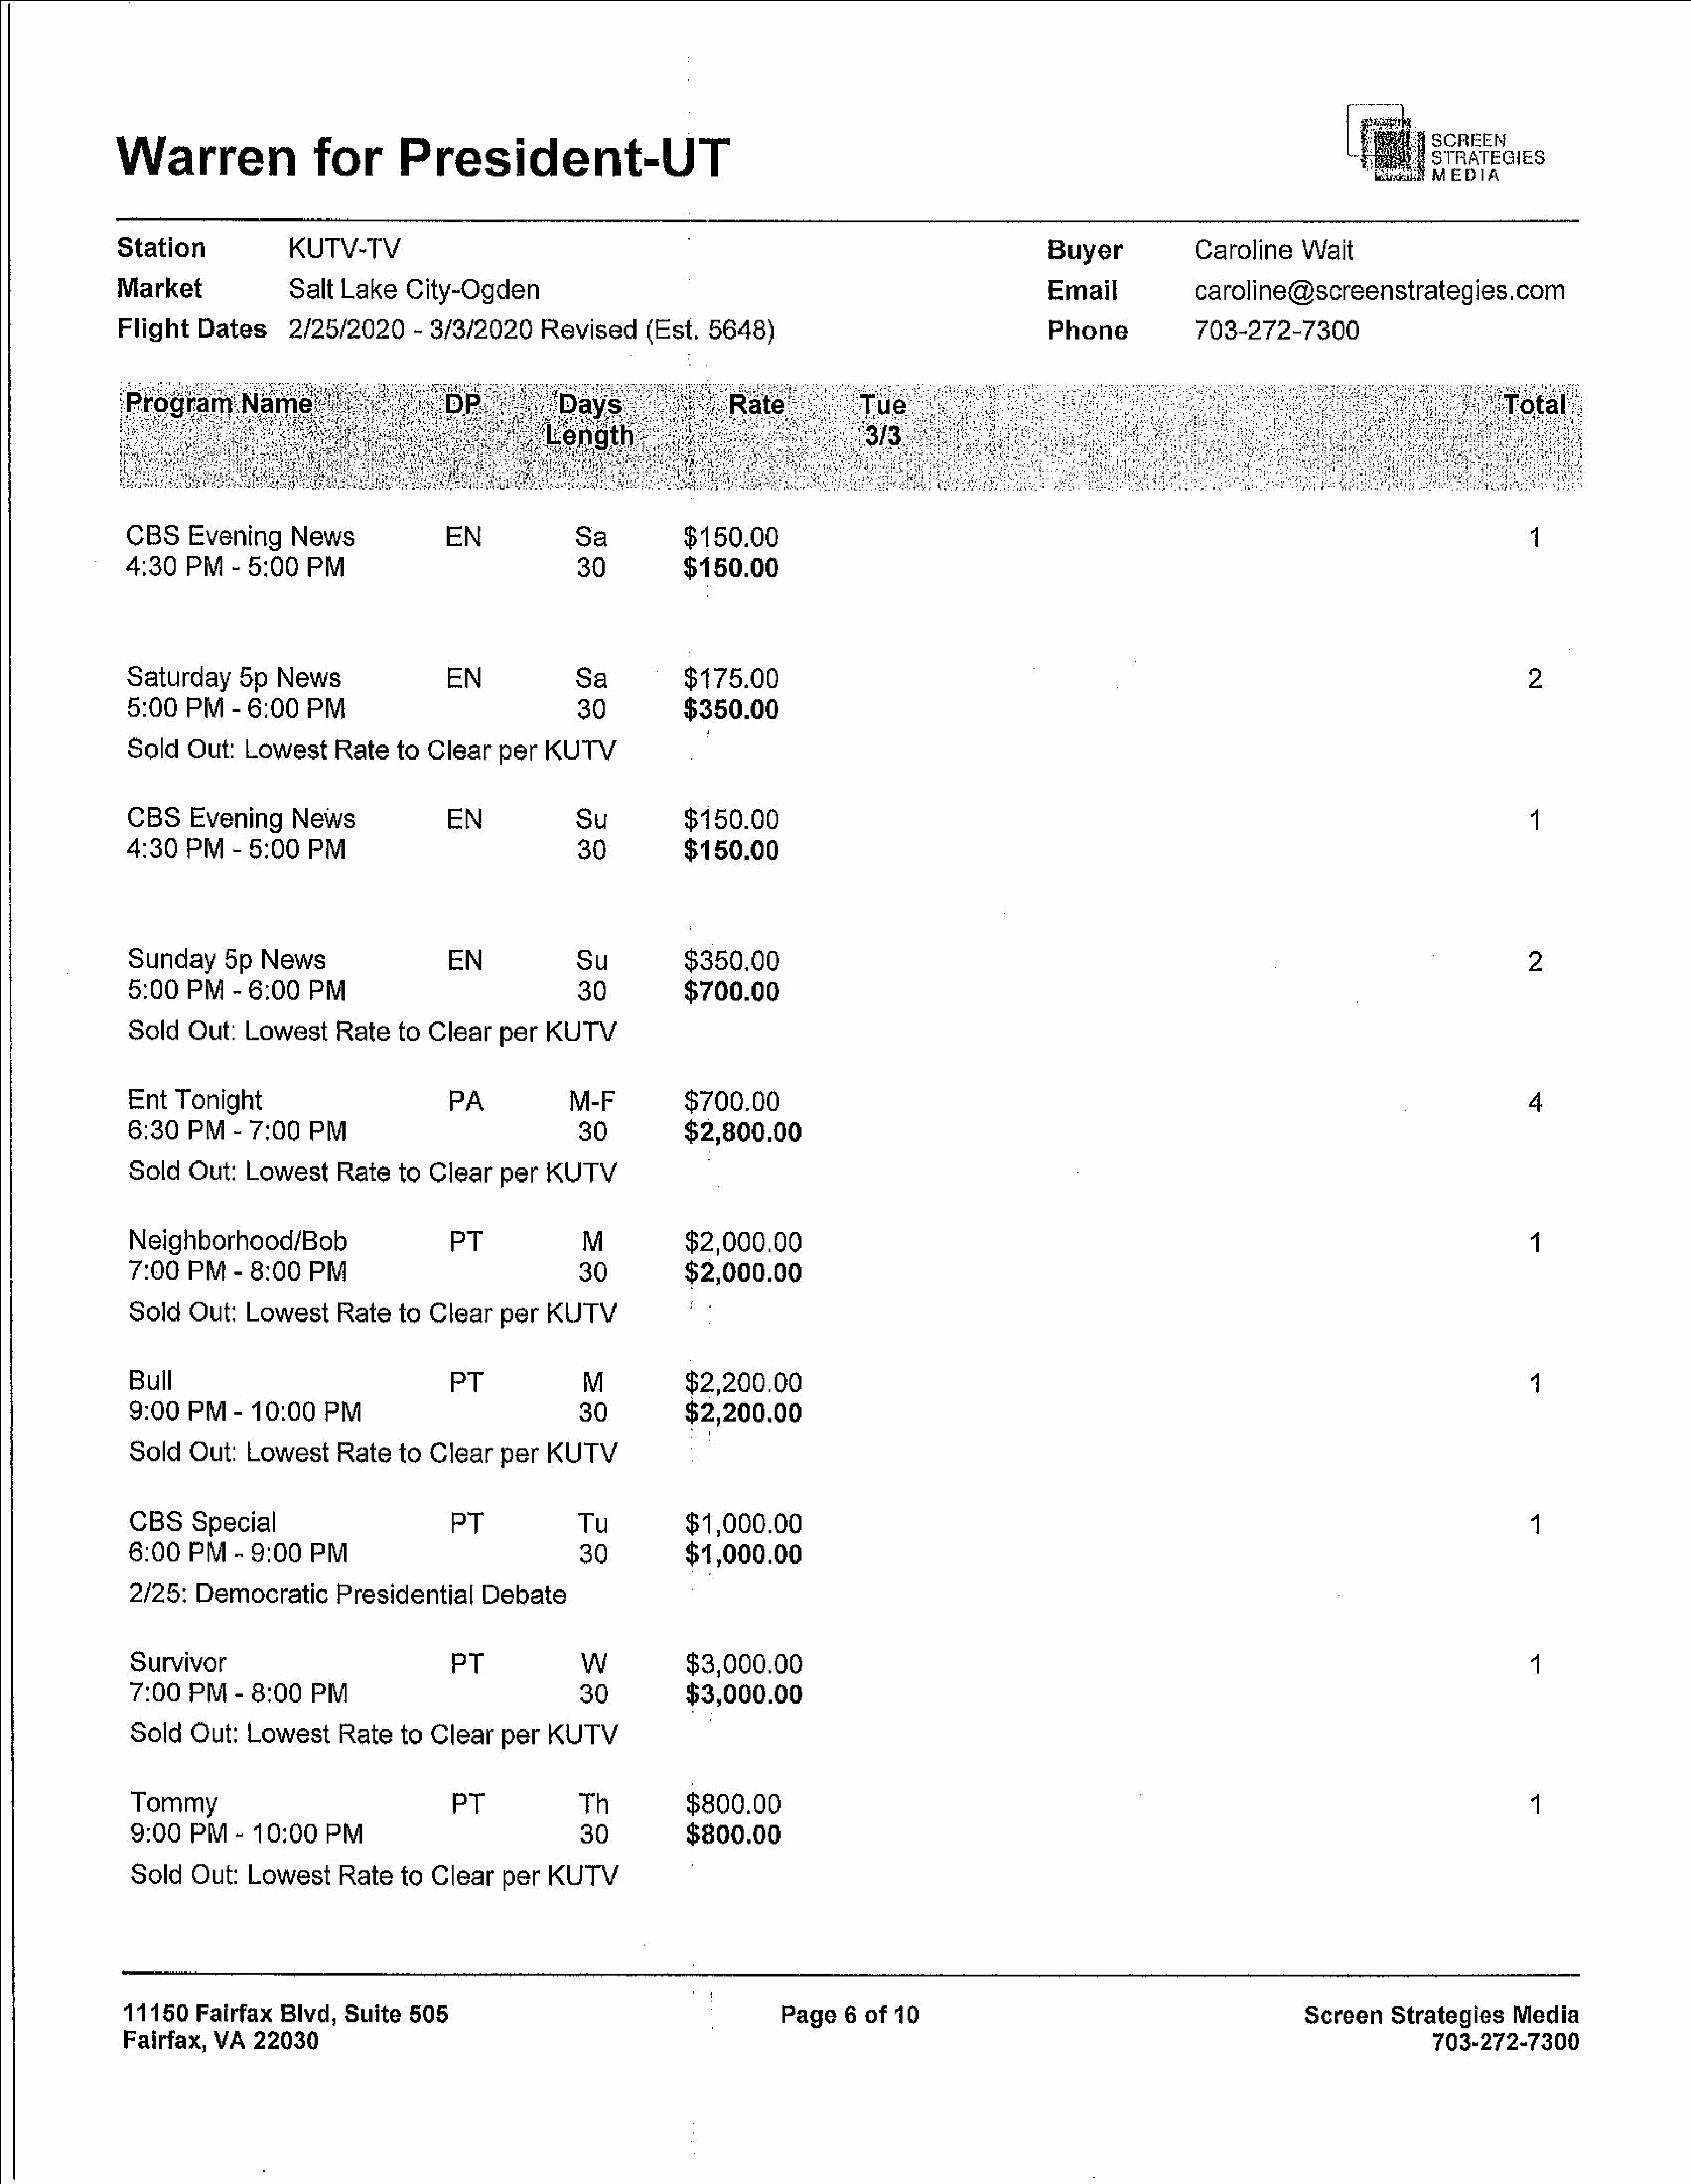
Warren                      for         President-UT
 Station                 KUTV-TV                                                                                                      Buyer                Caroline       Wait
 Market                  Salt    Lake     City-Ogden                                                                                  Email                caroline@screenstrategies.com
 Flight     Dates        2/25/2020      -     3/3/2020       Revised         (Est.   5648)                                            Phone                703-272-7300
 CBS      Evening        News                  EN                Sa              $150.00
 1
 4:30     PM    -  5:00    PM                                     30             $150.00
 Saturday        5p    News                    EN                Sa              $175.00                                                                                                                 2
 5:00     PM    - 6:00     PM                                     30             $350.00
 Sold     Out:    Lowest       Rate     to  Clear     per    KUTV
 CBS      Evening        News                  EN                Su              $150.00                                                                                                                  1
 4:30     PM    -  5:00    PM                                     30             $150.00
 Sunday        5p   News                       EN                Su              $350.00                                                                                                                 2
 5:00     PM    -  6:00    PM                                     30             $700.00
 Sold     Out:    Lowest       Rate     to  Clear     per    KUTV
 Ent    Tonight                                PA               M-F              $700.00                                                                                                                 4
 6:30     PM    -  7:00    PM                                     30             $2,800.00
 Sold     Out:    Lowest       Rate     to  Clear      per   KUTV
 Neighborhood/Bob                             PT                 M              $2,000.00
 1
 7:00     PM    -  8:00    PM                                     30             $2,000.00
 Sold    Out:    Lowest       Rate     to  Clear      per   KUTV                 oo
 Bull                                         PT                 M              $2,200.00                                                                                                                4
 9:00    PM    -  10:00     PM                                   30             $2,200.00
 Sold    Out:    Lowest       Rate     to  Clear      per   KUTV
 CBS     Special                               PT                Tu             $1,000.00                                                                                                                4
 8:00     PM     - 9:00    PM                                     30             $1,000.00
 2/25:    Democratic          Presidential         Debate
 Survivor                                      PT                Ww             $3,000.00                                                                                                                4
 7:00    PM     - 8:00     PM                                    30             $3,000.00
 Sold    Out:    Lowest        Rate    to   Clear     per   KUTV
 Tommy                                         PT                Th             $800.00                                                                                                                  4
 9:00    PM     - 10:00      PM                                  30             $800.00
 Sold    Out:     Lowest       Rate    to   Clear     per   KUTV
 11150     Fairfax     Blvd,    Suite     505                                                  Page     6  of  10                                                        Screen       Strategies       Media
 Fairfax,     VA   22030                                                                                                                                                                    703-272-7300